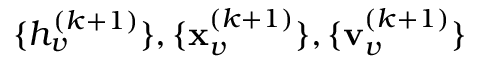
\{ h _ { v } ^ { ( k + 1 ) } \} , \{ \mathbf { x } _ { v } ^ { ( k + 1 ) } \} , \{ \mathbf { v } _ { v } ^ { ( k + 1 ) } \}